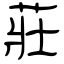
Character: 莊